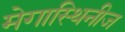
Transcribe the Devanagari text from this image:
मेगास्थिनीज